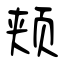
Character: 颊